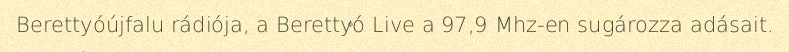
Berettyóújfalu rádiója, a Berettyó Live a 97,9 Mhz-en sugározza adásait.